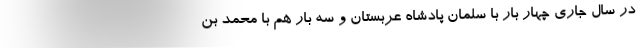
در سال جاری چهار بار با سلمان پادشاه عربستان و سه بار هم با محمد بن